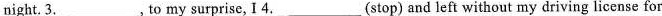
night.3. ___ , to my surprise, I4. ___ (stop) and left without my driving license for